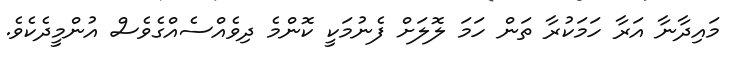
މައިދާނާ އަރާ ހަމަކުރާ ތަން ހަމަ ލޮލަށް ފެނުމަކީ ކޮންމެ ދިވެއްސެއްގެވެސް އުންމީދެކެވެ.